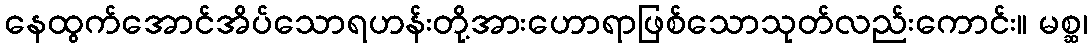
နေထွက်အောင်အိပ်သောရဟန်းတို့အားဟောရာဖြစ်သောသုတ်လည်းကောင်း။ မစ္ဆ၊